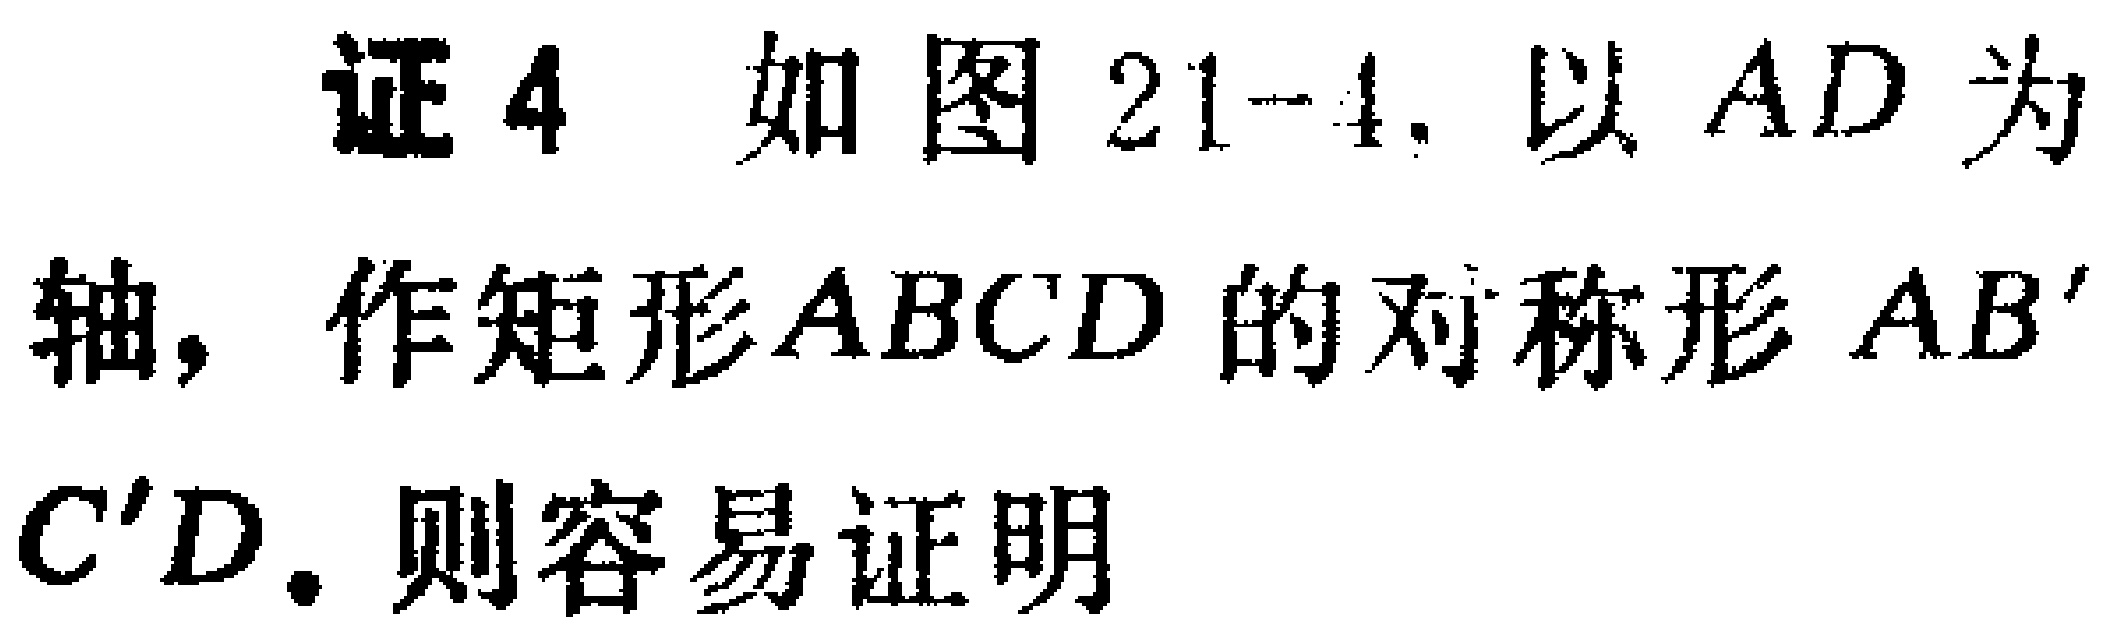
证4 如图21-4. 以 \(AD\) 为轴, 作矩形 \(ABCD\) 的对称形 \(AB^{\prime}C^{\prime}D\). 则容易证明